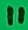
Text: 11